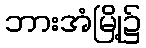
ဘားအံမြို့၌